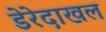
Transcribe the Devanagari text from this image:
डेरेदाखल